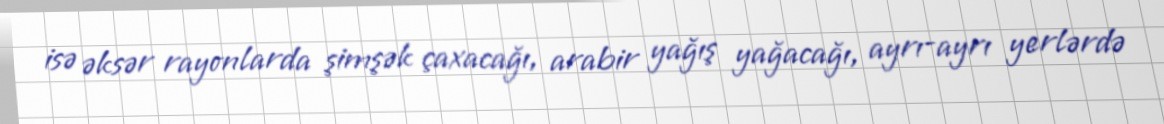
isə əksər rayonlarda şimşək çaxacağı, arabir yağış yağacağı, ayrı-ayrı yerlərdə